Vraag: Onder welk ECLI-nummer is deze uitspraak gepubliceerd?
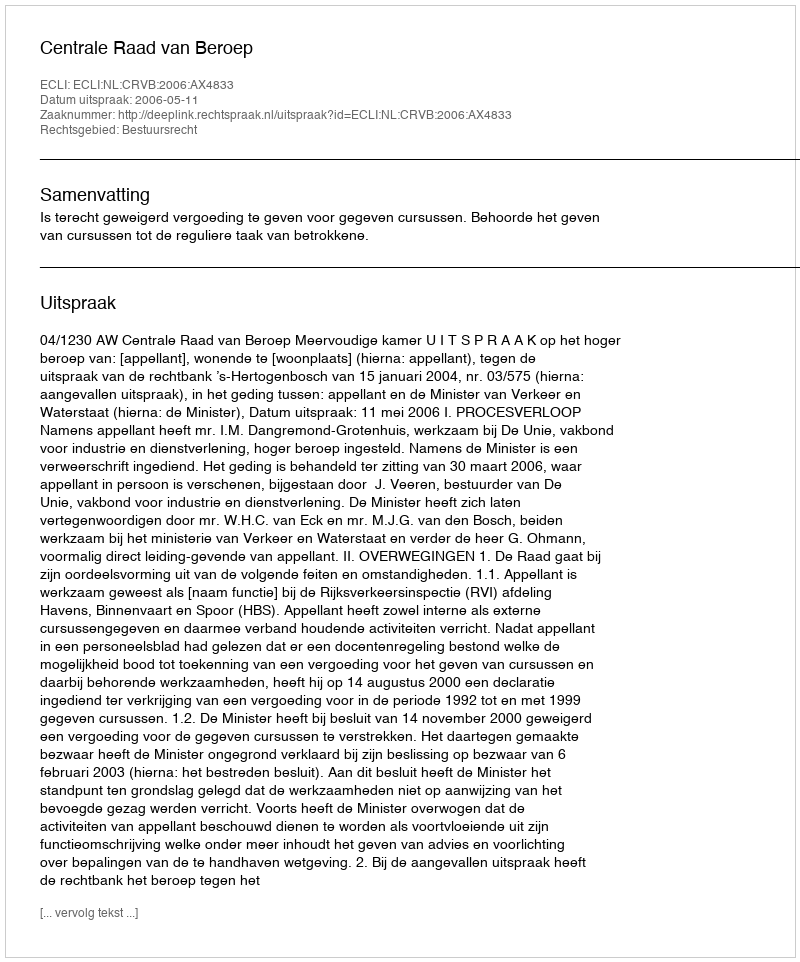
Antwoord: ECLI:NL:CRVB:2006:AX4833